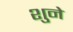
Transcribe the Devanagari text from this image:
शुने